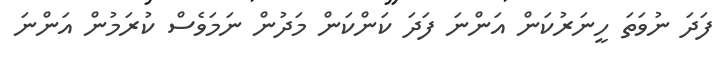
ފަދަ ނުވަތަ ހީނަރުކަން އަންނަ ފަދަ ކަންކަން މަދުން ނަމަވެސް ކުރަމުން އަންނަ